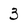
Character: 3